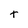
Character: T